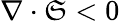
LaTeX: \nabla\cdot\mathfrak{S}<0